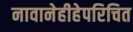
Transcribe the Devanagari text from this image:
नावानेहीहेपरिचित